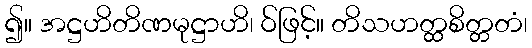
၍။ အဋ္ဌဟိတိဏမုဋ္ဌာဟိ၊ ဝ်ဖြင့်။ တိသဟတ္ထစိတ္တတံ၊